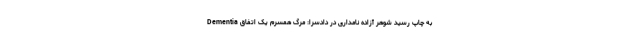
Dementia به چاپ رسید شوهر آزاده نامداری در دادسرا: مرگ همسرم یک اتفاق